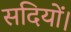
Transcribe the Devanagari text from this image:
सदियों।